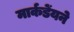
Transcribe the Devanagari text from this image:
मार्कडेंयने